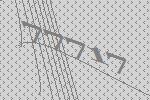
77717